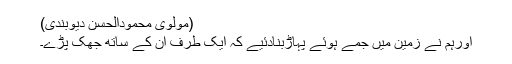
(مولوی محمودالحسن دیوبندی)
اورہم نے زمین میں جمے ہوئے پہاڑبنادئیے کہ ایک طرف ان کے ساتھ جھک پڑے۔